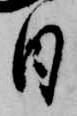
日